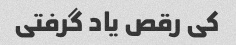
کی رقص یاد گرفتی